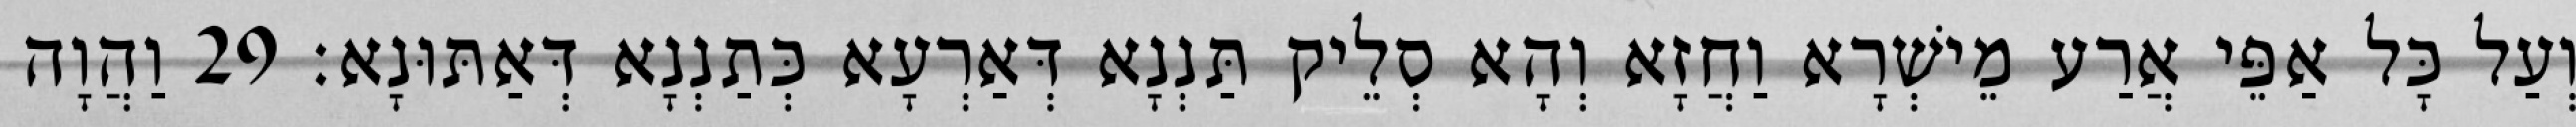
וְעַל כָּל אַפֵּי אֲרַע מֵישְׁרָא וַחֲזָא וְהָא סְלֵיק תַּנְנָא דְּאַרְעָא כְּתַנְנָא דְּאַתּוּנָא׃ 29 וַהֲוָה